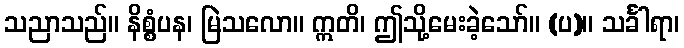
သညာသည်။ နိစ္စံပန၊ မြဲသလော။ ဣတိ၊ ဤသို့မေးခဲ့သော်။ (ပ)။ သင်္ခါရာ၊